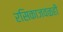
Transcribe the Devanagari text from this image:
रसिकाजवळही